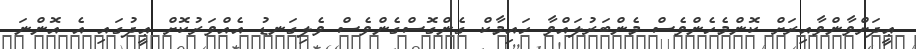
ޢީދަށްވާންވާއިރަށް ކޮންމެހެންވެސް މެންބަރުލައްވާ ހައިމާކް ގެންގޮސްގެންވެސް ވެލިގަނޑު އެއްވަރުކޮށް ޢީދުގައި އެ އޮންނަ